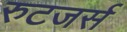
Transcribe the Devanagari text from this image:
रुटजर्स